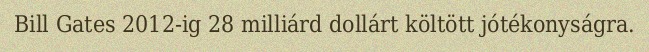
Bill Gates 2012-ig 28 milliárd dollárt költött jótékonyságra.